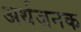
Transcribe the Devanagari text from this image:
अर्थजनक